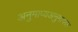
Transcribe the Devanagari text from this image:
अनुमाप्यअनुमापक